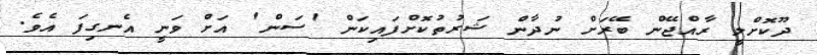
ދޫކޮށްލީ ރާއްޖޭން ބޭރަށް ނުދާން ޝަރުތުކޮށްފައިކަން 'ސަން' އަށް ވަނީ އެނގިފަ އެވެ.